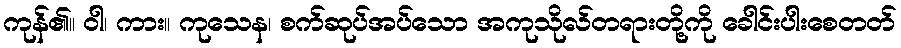
ကုန်၏။ ဝါ၊ ကား။ ကုသေန၊ စက်ဆုပ်အပ်သော အကုသိုလ်တရားတို့ကို ခေါင်းပါးစေတတ်